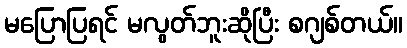
မပြောပြရင် မလွတ်ဘူးဆိုပြီး စဂျစ်တယ်။